Problem: 1 + 32 = ?
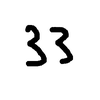
Handwritten answer: 33